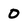
Character: 0